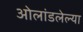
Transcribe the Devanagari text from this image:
ओलांडलेल्या